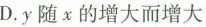
D.y随χ的增大而增大